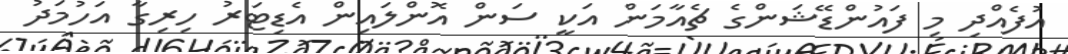
އުފެއްދި މި ފައުންޑޭޝަންގެ ޗެއާމަން އަކީ ސަން އޮންލައިން އެޑިޓަރު ހިރިގާ އަހުމަދު